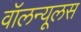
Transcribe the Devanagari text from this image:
वॉलन्यूलस